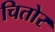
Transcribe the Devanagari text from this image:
चितोर